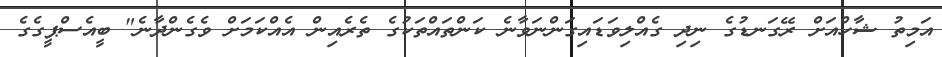
އަމިތު ޝާހްއަށް ރޭގަނޑުގެ ނިދި ގެއްލިވަޑައިގަންނަވާނެ ކަންތައްތަކުގެ ތެރެއިން އެއްކަމަށް ވެގެންދާނެ" ބީއެސްޕީގެގެ